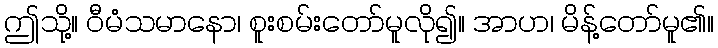
ဤသို့။ ဝီမံသမာနော၊ စူးစမ်းတော်မူလို၍။ အာဟ၊ မိန့်တော်မူ၏။